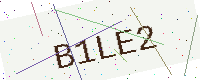
Text: B1LE2